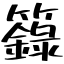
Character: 籙